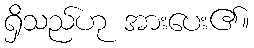
ရှိသည်ဟု အားပေး၏။